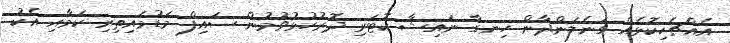
އެއްޗެހިކޮޅެއް ގަނެލަންދާން ހިނގާ ނައިޝާ ކޮޓަރި ދޮރުހުޅުވުމުން ސައިފް މަޑުމައިތިރި ކަމާއި އެކު